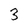
Character: 3